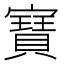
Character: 𭔟